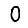
Digit: 0